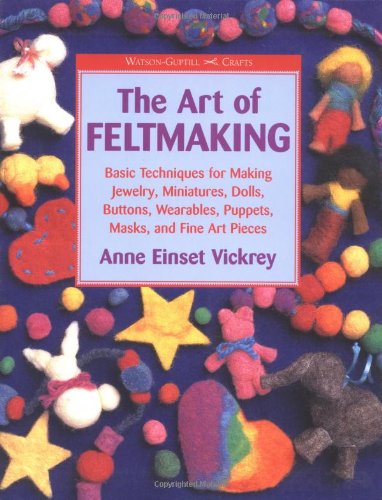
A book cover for The Art of Feltmaking: Basic Techniques for Making Jewelry, Miniatures, Dolls, Buttons, Wearables, Puppets, Masks and Fine Art Pieces (Watson-Guptill Crafts); Anne Vickrey; Crafts, Hobbies & Home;